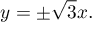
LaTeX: y = \pm { \sqrt { 3 } } x .